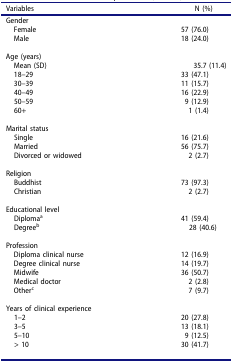
<table><thead><tr><td><b>Variables</b></td><td><b>N (%)</b></td></tr></thead><tbody><tr><td>Gender</td><td>[EMPTY_CELL]</td></tr><tr><td> Female</td><td>57 (76.0)</td></tr><tr><td> Male</td><td>18 (24.0)</td></tr><tr><td>[EMPTY_CELL]</td><td>[EMPTY_CELL]</td></tr><tr><td>Age (years)</td><td>[EMPTY_CELL]</td></tr><tr><td> Mean (SD)</td><td>35.7 (11.4)</td></tr><tr><td> 18–29</td><td>33 (47.1)</td></tr><tr><td> 30–39</td><td>11 (15.7)</td></tr><tr><td> 40–49</td><td>16 (22.9)</td></tr><tr><td> 50–59</td><td>9 (12.9)</td></tr><tr><td> 60+</td><td>1 (1.4)</td></tr><tr><td>[EMPTY_CELL]</td><td>[EMPTY_CELL]</td></tr><tr><td>Marital status</td><td>[EMPTY_CELL]</td></tr><tr><td> Single</td><td>16 (21.6)</td></tr><tr><td> Married</td><td>56 (75.7)</td></tr><tr><td> Divorced or widowed</td><td>2 (2.7)</td></tr><tr><td>[EMPTY_CELL]</td><td>[EMPTY_CELL]</td></tr><tr><td>Religion</td><td>[EMPTY_CELL]</td></tr><tr><td> Buddhist</td><td>73 (97.3)</td></tr><tr><td> Christian</td><td>2 (2.7)</td></tr><tr><td>[EMPTY_CELL]</td><td>[EMPTY_CELL]</td></tr><tr><td>Educational level</td><td>[EMPTY_CELL]</td></tr><tr><td> Diploma<sup>a</sup>Degree<sup>b</sup></td><td>41 (59.4)28 (40.6)</td></tr><tr><td>[EMPTY_CELL]</td><td>[EMPTY_CELL]</td></tr><tr><td>Profession</td><td>[EMPTY_CELL]</td></tr><tr><td> Diploma clinical nurse</td><td>12 (16.9)</td></tr><tr><td> Degree clinical nurse</td><td>14 (19.7)</td></tr><tr><td> Midwife</td><td>36 (50.7)</td></tr><tr><td> Medical doctor</td><td>2 (2.8)</td></tr><tr><td> Other<sup>c</sup></td><td>7 (9.7)</td></tr><tr><td>[EMPTY_CELL]</td><td>[EMPTY_CELL]</td></tr><tr><td>Years of clinical experience</td><td>[EMPTY_CELL]</td></tr><tr><td> 1–2</td><td>20 (27.8)</td></tr><tr><td> 3–5</td><td>13 (18.1)</td></tr><tr><td> 5–10</td><td>9 (12.5)</td></tr><tr><td> &gt; 10</td><td>30 (41.7)</td></tr><tr><td>[EMPTY_CELL]</td><td>[EMPTY_CELL]</td></tr></tbody></table>